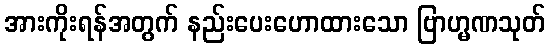
အားကိုးရန်အတွက် နည်းပေးဟောထားသော ဗြာဟ္မဏသုတ်